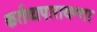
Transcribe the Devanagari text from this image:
कर्तव्यपारायण्ता